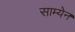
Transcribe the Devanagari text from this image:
साम्येन